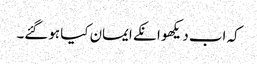
کہ اب دیکھو انکے ایمان کیا ہوگئے۔